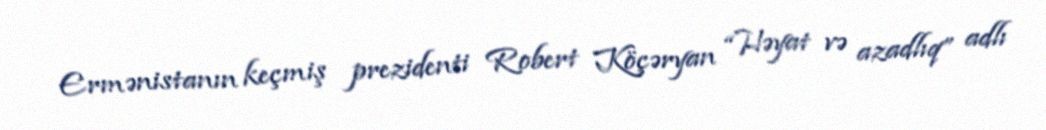
Ermənistanın keçmiş prezidenti Robert Köçəryan “Həyat və azadlıq” adlı